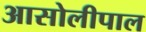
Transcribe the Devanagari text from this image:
आसोलीपाल